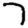
Digit: 7